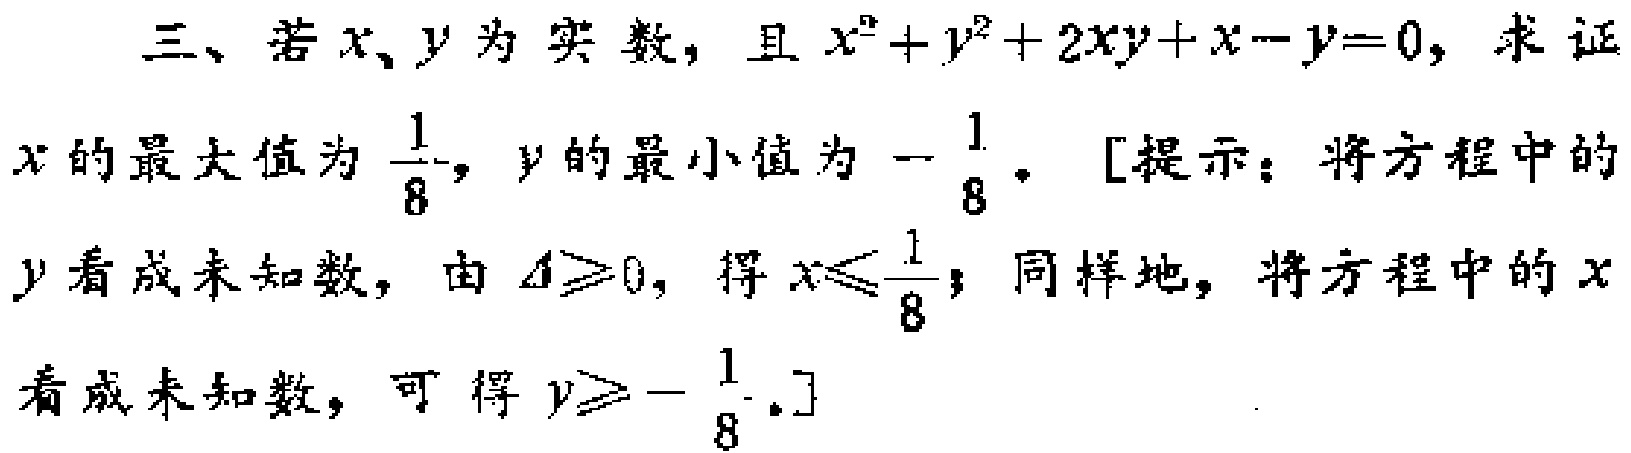
三、若\(x、y\)为实数，且\(x^{2}+y^{2}+2xy + x - y = 0\)，求证\(x\)的最大值为\(\frac{1}{8}\)，\(y\)的最小值为\(-\frac{1}{8}\)。[提示：将方程中的\(y\)看成未知数，由\(\Delta\geq0\)，得\(x\leq\frac{1}{8}\)；同样地，将方程中的\(x\)看成未知数，可得\(y\geq-\frac{1}{8}\)。]